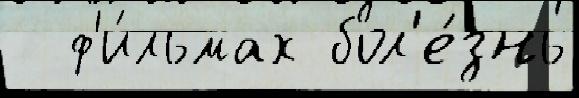
  ф'и́льмах бол'е́знь